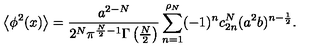
\left< \phi ^ { 2 } ( x ) \right> = { \frac { a ^ { 2 - N } } { 2 ^ { N } \pi ^ { \frac N 2 - 1 } \Gamma \left( \frac N 2 \right) } } \sum _ { n = 1 } ^ { \rho _ { N } } ( - 1 ) ^ { n } c _ { 2 n } ^ { N } ( a ^ { 2 } b ) ^ { n - \frac 1 2 } .